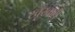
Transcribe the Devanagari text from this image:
खूँखारी